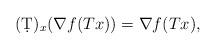
LaTeX: \begin{align*} (\d T)_x ( \nabla f ( Tx ) ) = \nabla f ( Tx ) , \end{align*}